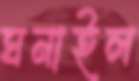
ঘনাইল